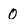
Character: 0